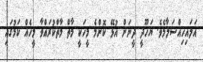
އަލައިހިއްސަލާމެވެ. ޔަހޫދީ ދީނަށް އުޅޭ ކޮންމެ މީހަކީ މާތް މާތްކުރައްވާ މީހެއް ކަމުގައި